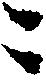
ニ